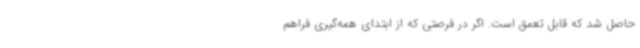
حاصل شد که قابل تعمق است. اگر در فرصتی که از ابتدای همه‌گیری فراهم